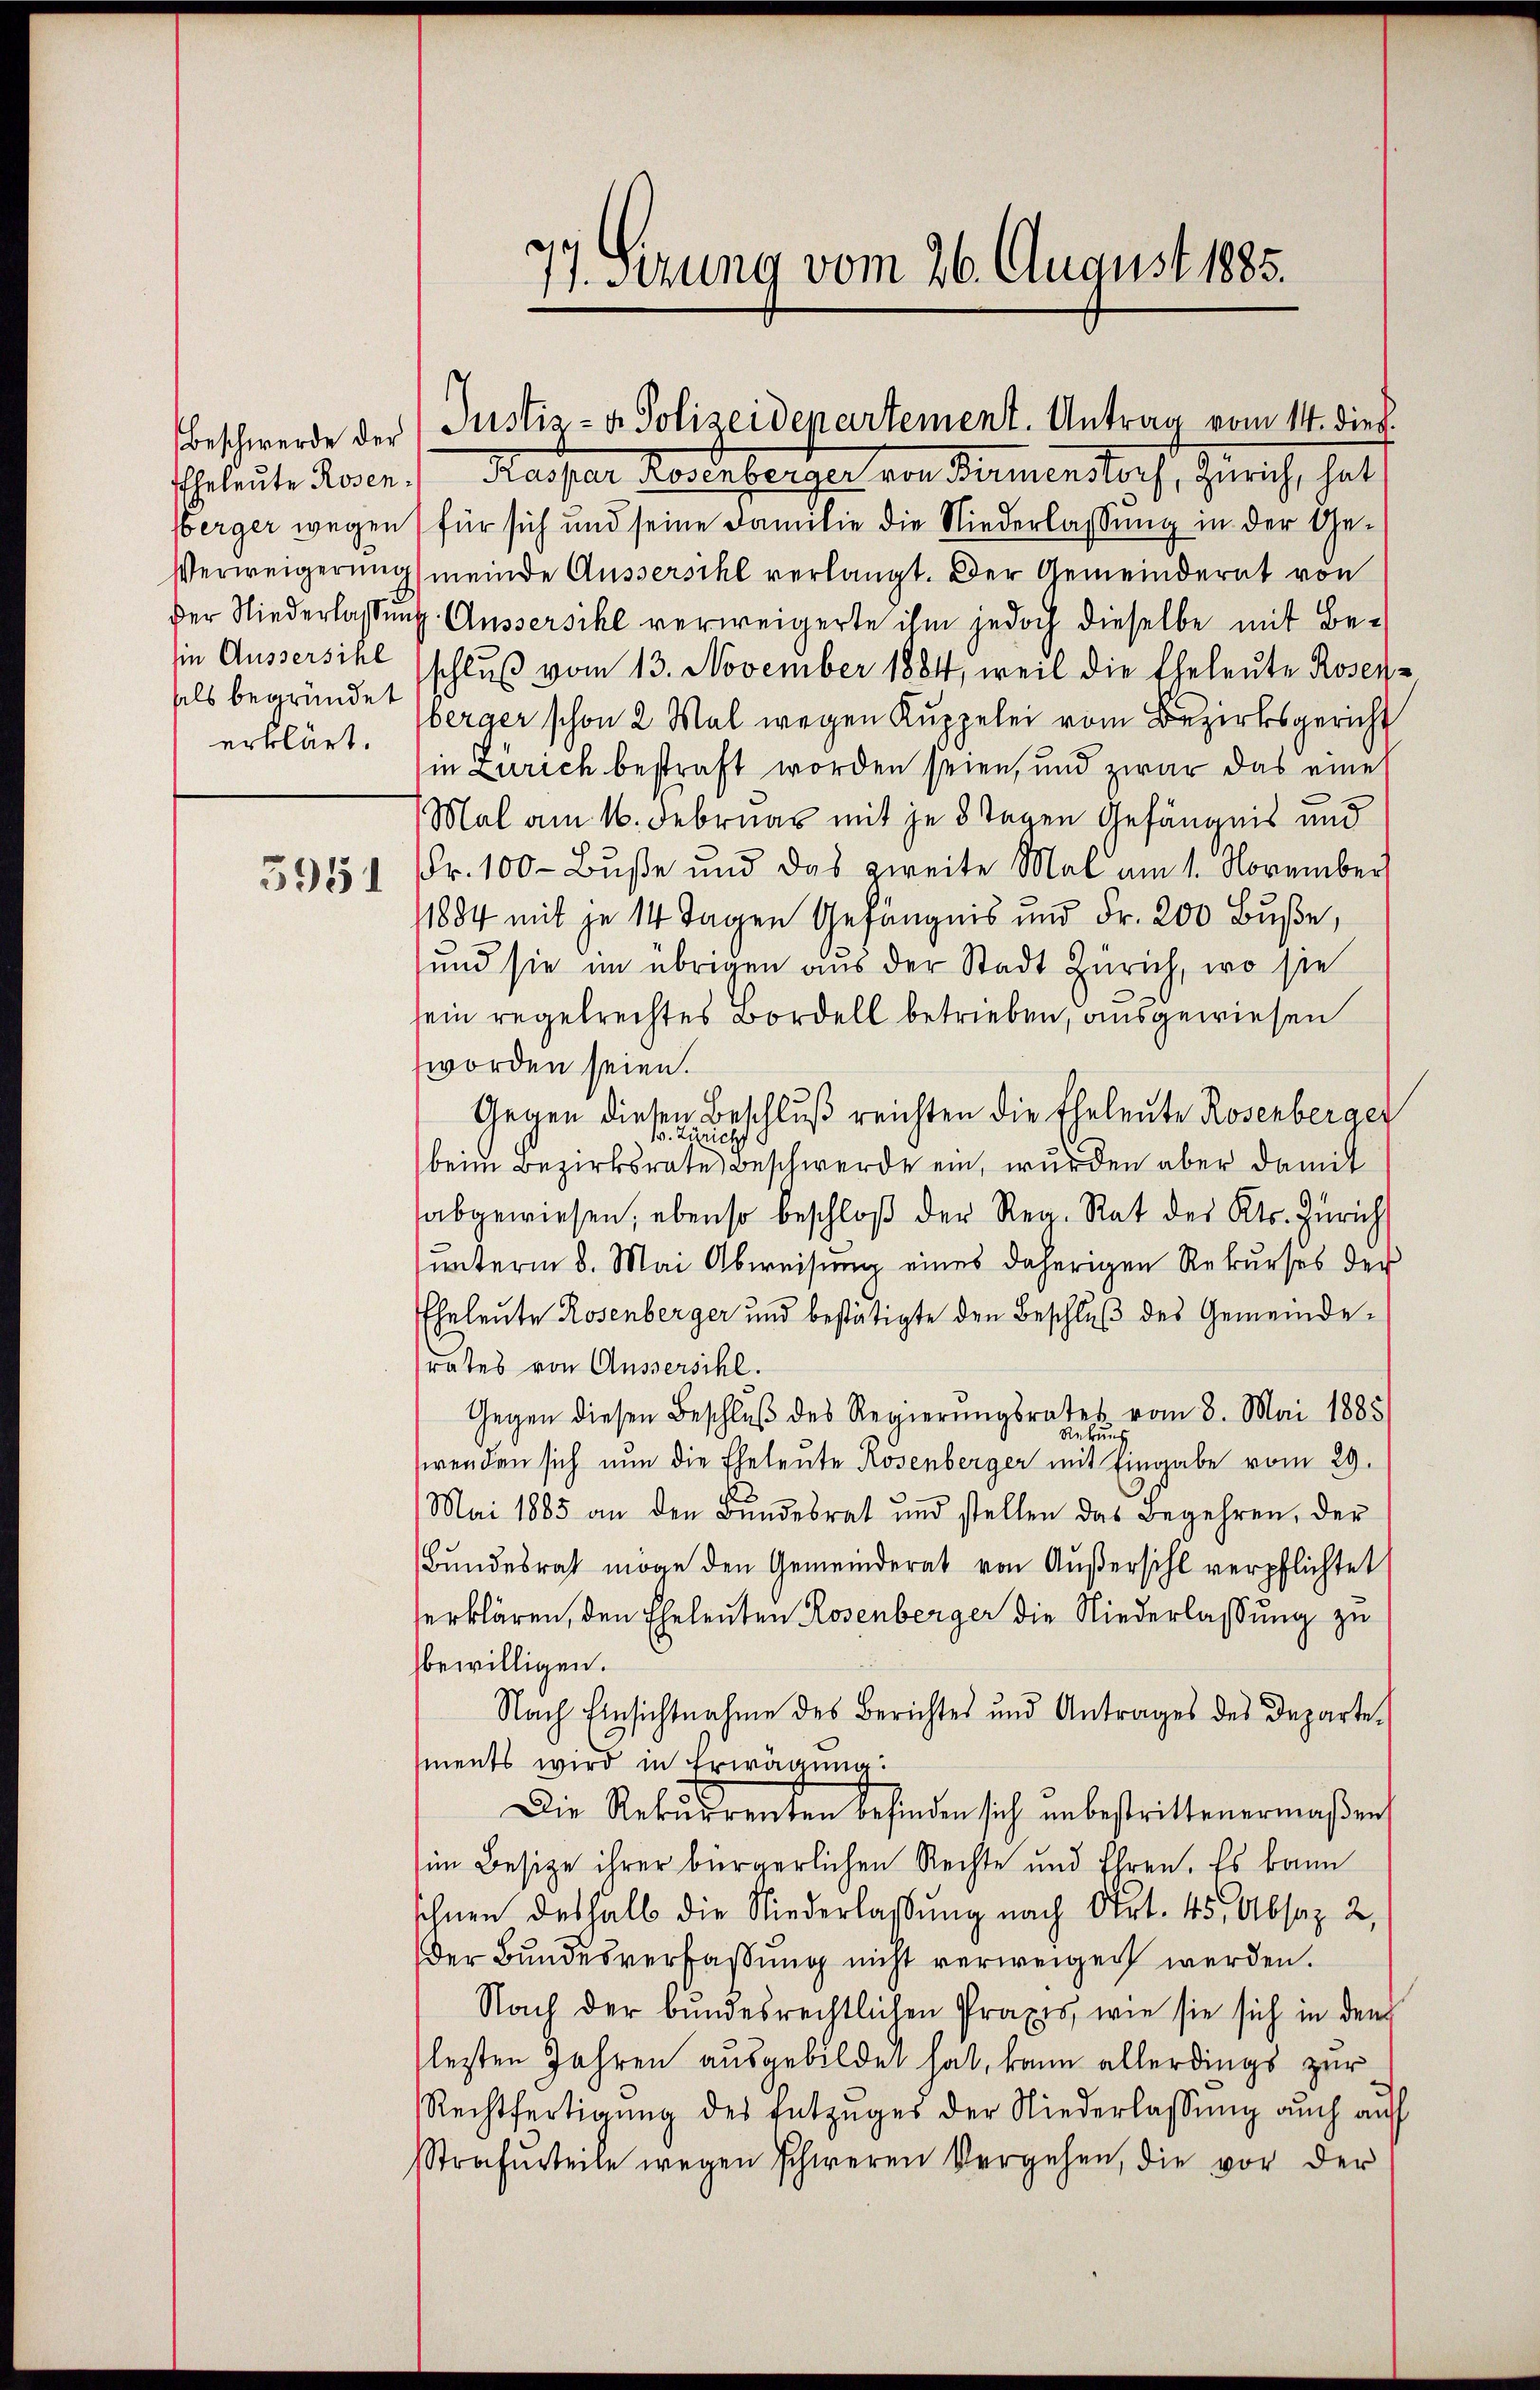
Beschwerde der
sels begründet
erklärt.

5951

Eheleute Rosen. Maiser Kornherger von Seminstorf, Zürich, hat
berger wegen für sich und seine Familie die Niederlassung in der Ge¬
Verweigerung meinde Aussersihl verlangt. Der Gemeinderat von
der Niederlassung. Aussersihl verweigerte ihm jedoch dieselbe mit Besin Aussersihl schluß vom 13. November 1884, weil die Eheleute Rosen-
berger schon 2 Mal wegen Kuppelei vom Bezirksgericht
in Zürich bestraft worden seien, und zwar das eine
Mal am 16. Februar mit je 8 Tagen Gefängnis und
Fr. 100 - Buße und das zweite Mal am 1. November
1884 mit je 14 Tagen Gefängnis und Fr. 200 Buße,
und sie im übrigen aus der Stadt Zürich, wo sie
sein regelrechtes Bordell betrieben, ausgewiesen
worden seien.
Gegen diesen Beschluß reichten die Eheleute Rosenberger
.2
richt
beim Bezirksrate Beschwerde ein, wurden aber damit
abgewiesen, ebenso beschloß der Reg. Rat des Kts. Zürich
unterm 8. Mai Abweisung eines daherigen Rekurses der
Eheleute Rosenberger und bestätigte den Beschluß des Gemeinderates von Aussersihl.
Gegen diesen Beschluß des Regierungsrates vom 8. Mai 1885
wenden sich nun die Eheleute Rosenberger mit Eingabe vom 29.
Mai 1885 an den Bundesrat und stellen das Begehren, der
Bundesrath möge den Gemeinderat von Außersihl verpflichtet
serklären, den Eheleuten Rosenberger die Niederlassung zu
bewilligen.
Nach Einsichtnahme des Berichtes und Antrages des Departe
ments wird in Erwägung:
Die Rekurrenten befinden sich unbestrittenermaßen,
im Besitze ihrer bürgerlichen Rechte und Ehren. Es kann
schnen deshalb die Niederlaßung nach Art. 45, Absaz 2,
Der Bundesverfassung nicht verweigen werden.
Nach der bundesrechtlichen Praxis, wie sie sich in den
lezten Jahren ausgebildet hat, kann allerdings zur
Rechtfertigŭng des Entzŭges der Niederlassŭng auch auf
Strafurteile wegen schweren Vergehen, die vor der

77. Sizung vom 26. August 1885.

Justiz- & Polizeidenartement. Antrag vom 14. dies